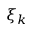
\xi _ { k }